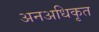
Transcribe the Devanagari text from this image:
अनअधिकृत